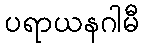
ပရာယနဂါမီ